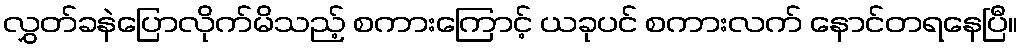
လွှတ်ခနဲပြောလိုက်မိသည့် စကားကြောင့် ယခုပင် စကားလက် နောင်တရနေပြီ။